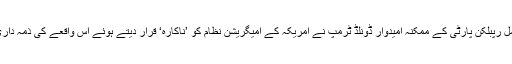
امریکہ میں صدارتی دوڑ میں شامل رپبلکن پارٹی کے ممکنہ اُمیدوار ڈونلڈ ٹرمپ نے امریکہ کے امیگریشن نظام کو ’ناکارہ‘ قرار دیتے ہوئے اس واقعے کی ذمہ داری امیگریشن نظام پر عائد کی ہے۔